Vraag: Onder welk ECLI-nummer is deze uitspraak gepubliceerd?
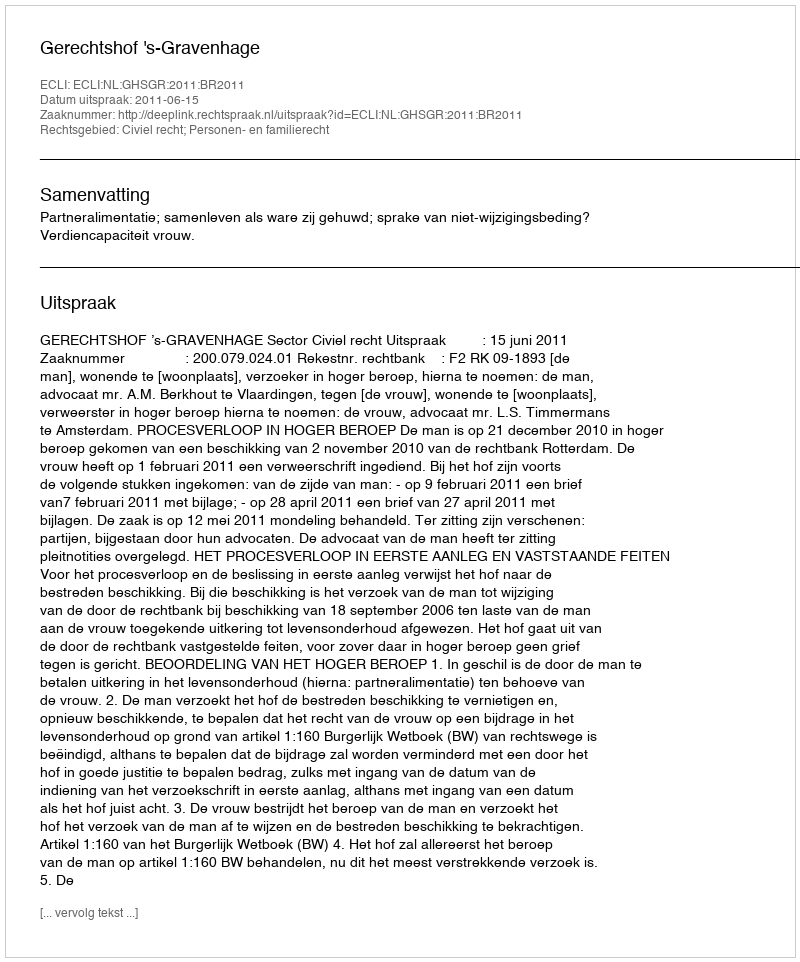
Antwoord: ECLI:NL:GHSGR:2011:BR2011